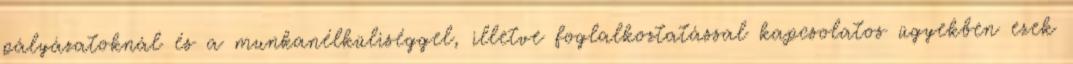
pályázatoknál és a munkanélküliséggel, illetve foglalkoztatással kapcsolatos ügyekben ezek